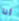
أنا